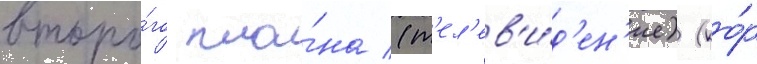
второ́го пла́на (т'ел'ев'и́д'ен'ие) (ко́р